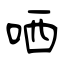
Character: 哂